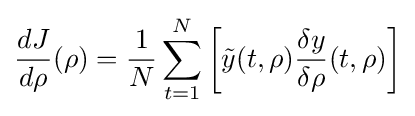
{\frac {dJ}{d\rho }}(\rho )={\frac {1}{N}}\sum _{t=1}^{N}\left[{\tilde {y}}(t,\rho ){\frac {\delta y}{\delta \rho }}(t,\rho )\right]